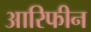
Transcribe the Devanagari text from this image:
आरिफीन